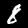
Label: 8